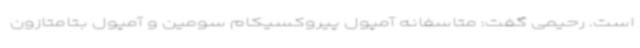
است. رحیمی گفت: متاسفانه آمپول پیروکسیکام سومین و آمپول بتامتازون